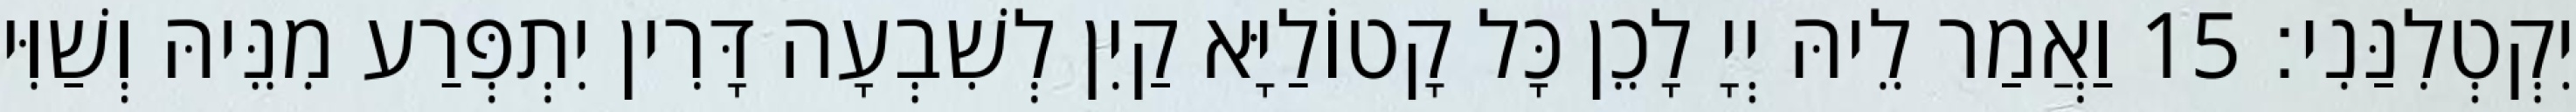
יִקְטְלִנַּנִי׃ 15 וַאֲמַר לֵיהּ יְיָ לָכֵן כָּל קָטוֹלַיָּא קַיִן לְשִׁבְעָה דָּרִין יִתְפְּרַע מִנֵּיהּ וְשַׁוִּי